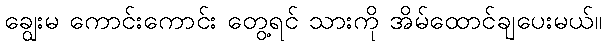
ချွေးမ ကောင်းကောင်း တွေ့ရင် သားကို အိမ်ထောင်ချပေးမယ်။